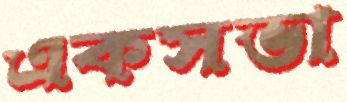
একসভা